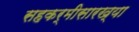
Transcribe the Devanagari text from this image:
सहकर्मीसारख्या